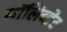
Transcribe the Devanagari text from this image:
मॉलिब्डेट